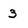
Character: 3